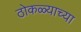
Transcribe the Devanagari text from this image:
ठोकळ्याच्या